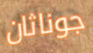
جوناثان